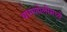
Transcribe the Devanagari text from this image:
बामणोलीमध्ये